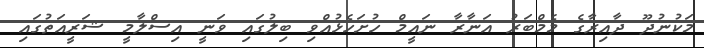
މަކުނުދޫ ދާއިރާގެ މެމްބަރު އަނާރާ ނައީމް ހުށަހެޅުއްވި ބިލުގައި ވަނީ އިސްލާމީ ޝަރީއަތުގައި